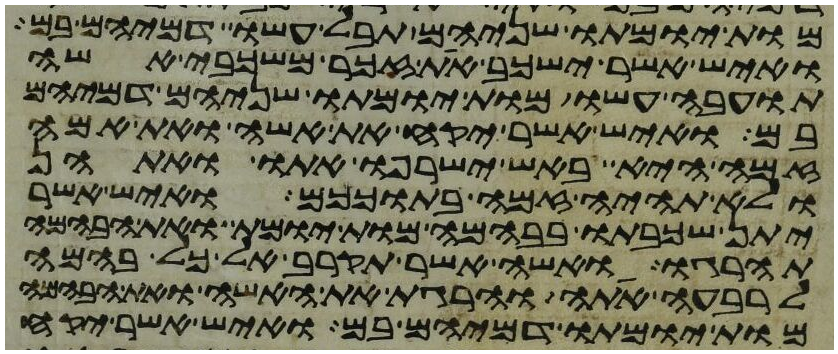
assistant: מות יומתו שניהם תבל עשו דמיהם בם
ואיש אשר ישכב את זכר משכבי אשה
תועבה עשו מות יומתו שניהם דמיהם
בם ואיש אשר יקח את אשה ואת אמה
זמה היא באש ישרפו אתו ואתהן
ולא תהיה זמה בתוככם ואיש אשר
יתן שכבתו בבהמה מות יומת ואת הבהמה
תהרגו ואשה אשר תקרב אל כל בהמה
לרבעה אתה והרגת את האשה ואת הבהמה
מות יומתו דמיהם בם ואיש אשר יקח